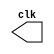
// ---------------------------
// -- Guia 09 - Exercicio 05 -
// ---------------------------

//
//-- Bruno Csar Lopes Silva - 415985


//----------------------------
//---------Clock--------------
//----------------------------
module clock ( clk );
 output clk;
 reg    clk;

 initial
  begin
   clk = 1'b0;
  end

 always
  begin
   #12 clk = ~clk;
  end
endmodule

//----------------------------
//---------PULSO--------------
//----------------------------
module pulse ( signal, clock );
 input  clock;
 output signal;
 reg    signal;

 always @ (  posedge clock )
  begin
       signal = 1'b1;
  #3   signal = 1'b0;
  #3   signal = 1'b1;
  #3   signal = 1'b0;
  #3   signal = 1'b1;
  #3   signal = 1'b0;
  #3   signal = 1'b1;
  #3   signal = 1'b0;
 
  end
endmodule // pulse

//----------------------------
//---------Teste--------------
//----------------------------
module testpulse;

 wire  clock;
 clock clk ( clock );
 wire  p1;

 pulse   pulse1   ( p1, clock );

 initial begin
  $dumpfile ( "exercicio05.vcd" );
  $dumpvars (1, clock, p1);
   #480 $finish;

 end

endmodule //exercicio05